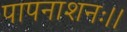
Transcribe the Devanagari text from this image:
पापनाशनः।।